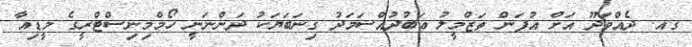
ގއ. ދެއްވަދޫ އަށް އުފަން ތަޒްމީލު ޢަބުދުއްސަމަދު ގިނަބަޔަކު ދަންނަނީ ހޯމްމިނިސްޓްރީގެ މީޑިއާ